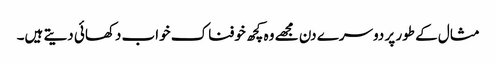
مثال کے طور پر دوسرے دن مجھے وہ کچھ خوفناک خواب دکھائی دیتے ہیں۔